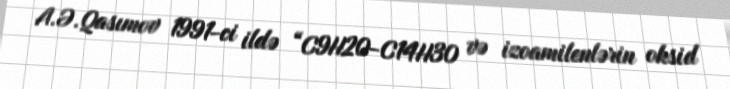
A.Ə.Qasımov 1991-ci ildə “C9H20-C14H30 və izoamilenlərin oksid